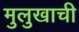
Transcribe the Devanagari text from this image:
मुलुखाची